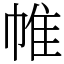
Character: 帷